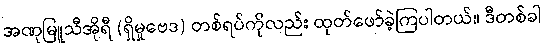
အဏုမြူသီအိုရီ (ရှိမှုဗေဒ) တစ်ရပ်ကိုလည်း ထုတ်ဖော်ခဲ့ကြပါတယ်။ ဒီတစ်ခါ